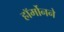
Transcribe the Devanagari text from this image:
हॉर्मोनने